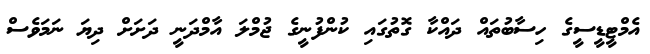
އެމްޓީޑީސީގެ ހިސާބުތައް ދައްކާ ގޮތުގައި ކުންފުނީގެ ޖުމްލަ އާމްދަނީ ދަށަށް ދިޔަ ނަމަވެސް